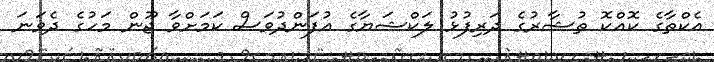
އެކްތާގެ ކޮއްކޮ ތުޝާރުގެ ދަރިފުޅު ލަކްޝަޔާގެ އުފަންދުވަސް ކަމަށްވާ ޖޫން މަހުގެ ދެވަނަ